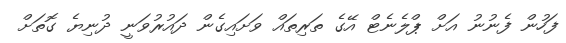
ފަހުން ފެނުނު އަށް ޕްލެނެޓް އޭގެ ތަރިތައް ވަށައިގެން ދައުރުވަނީ ދުނިޔެ ގޮތަށް